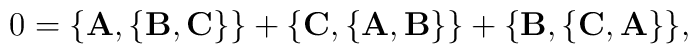
0=\{{\bf A}, \{{\bf B}, {\bf C}\}\}+\{{\bf C},\{{\bf A}, {\bf B}\}\}+\{{\bf B}, \{{\bf C}, {\bf A}\}\},